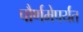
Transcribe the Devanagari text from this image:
पौर्णमेपर्यंत